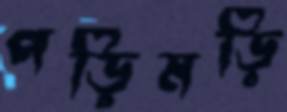
পড়িমড়ি